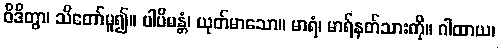
ဝိဒိတွာ၊ သိတော်မူ၍။ ပါပိမန္တံ၊ ယုတ်မာသော။ မာရံ၊ မာရ်နတ်သားကို။ ဂါထာယ၊